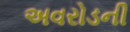
અવરોડની